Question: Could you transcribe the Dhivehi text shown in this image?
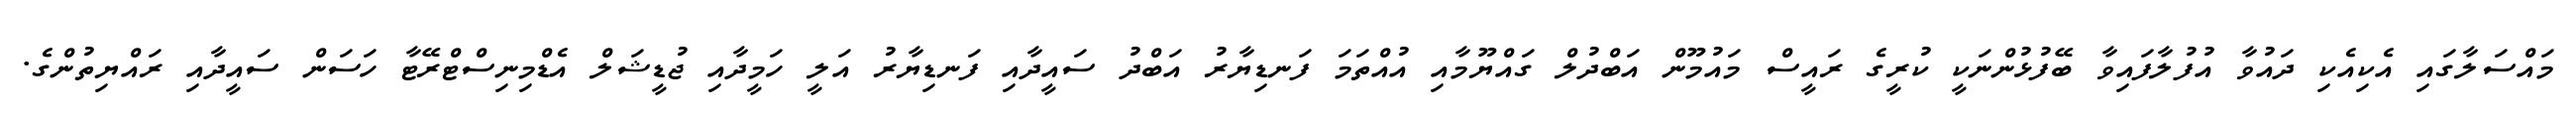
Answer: މައްސަލާގައި އެކިއެކި ދައުވާ އުފުލާފައިވާ ބޭފުޅުންނަކީ ކުރީގެ ރައީސް މައުމޫން އަބްދުލް ގައްޔޫމާއި އުއްތަމަ ފަނޑިޔާރު އަބްދު ސައީދާއި ފަނޑިޔާރު އަލީ ހަމީދާއި ޖުޑީޝަލް އެޑްމިނިސްޓްރޭޓާ ހަސަން ސައީދާއި ރައްޔިތުންގެ.